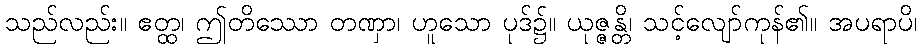
သည်လည်း။ ဧတ္ထ၊ ဤတိဿော တဏှာ၊ ဟူသော ပုဒ်၌။ ယုဇ္ဇန္တိ၊ သင့်လျော်ကုန်၏။ အပရာပိ၊